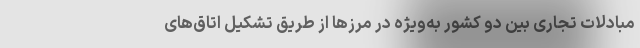
مبادلات تجاری بین دو کشور به‌ویژه در مرزها از طریق تشکیل اتاق‌های